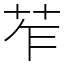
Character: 苲